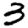
Digit: 3